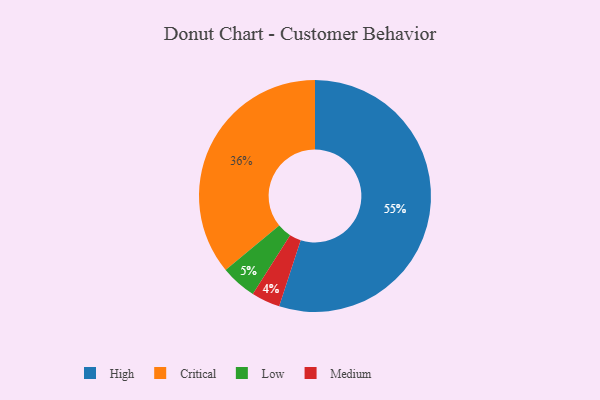
{"axis": {"x": "Category", "y": "Percentage"}, "legend": ["Critical", "High", "Low", "Medium"], "data": [{"x": "Low", "y": 5, "type": "Low"}, {"x": "High", "y": 55, "type": "High"}, {"x": "Medium", "y": 4, "type": "Medium"}, {"x": "Critical", "y": 36, "type": "Critical"}]}